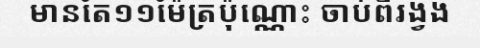
មានតែ១១ម៉ែត្រប៉ុណ្ណោះ ចាប់ពីរង្វង់